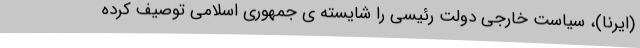
(ایرنا)، سیاست خارجی دولت رئیسی را شایسته ی جمهوری اسلامی توصیف کرده